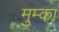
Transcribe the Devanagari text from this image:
मुम्का